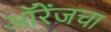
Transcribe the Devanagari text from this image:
ऑरेंजचा